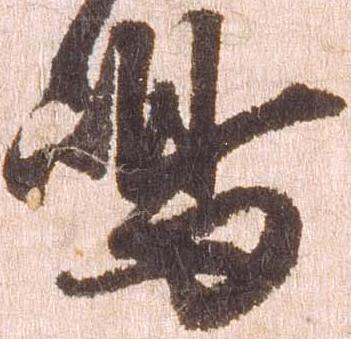
嶋